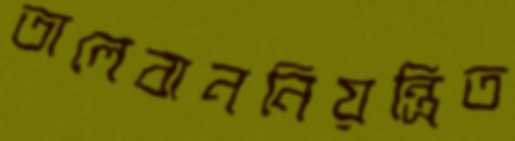
তালেবাননিয়ন্ত্রিত